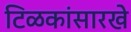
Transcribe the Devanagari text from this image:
टिळकांसारखे